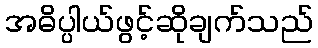
အဓိပ္ပါယ်ဖွင့်ဆိုချက်သည်